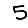
Digit: 5